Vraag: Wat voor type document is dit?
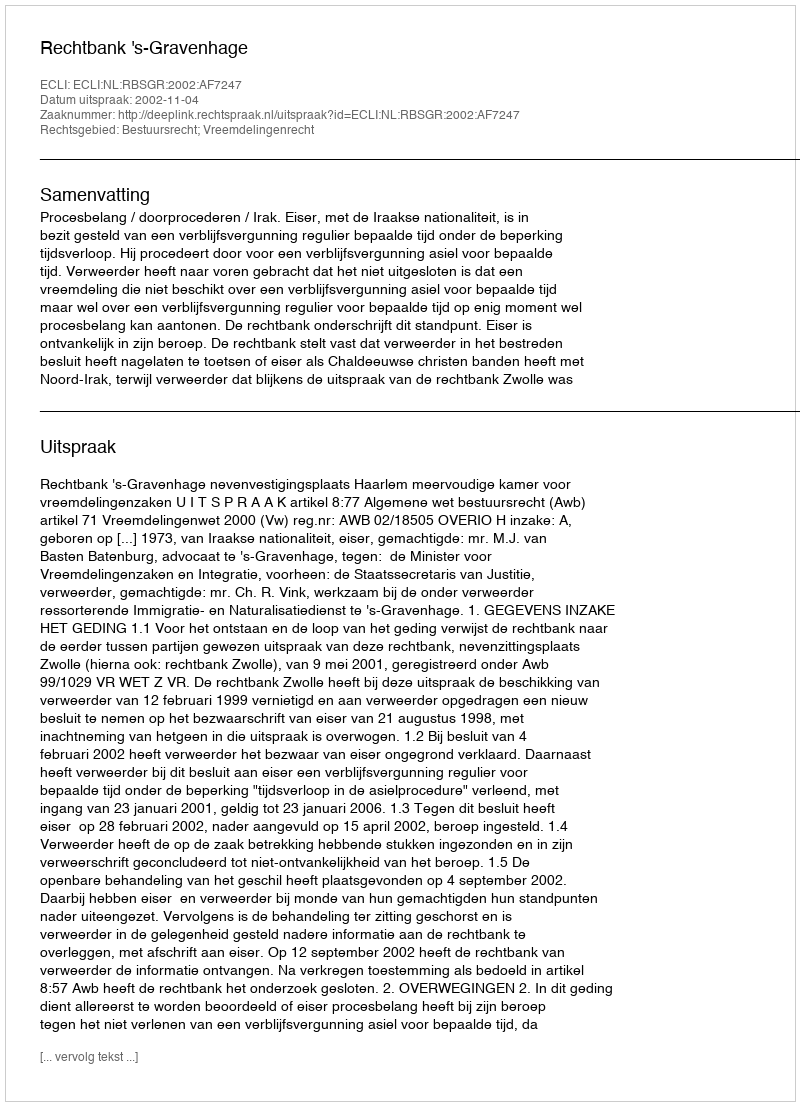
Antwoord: Uitspraak